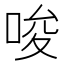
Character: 唆